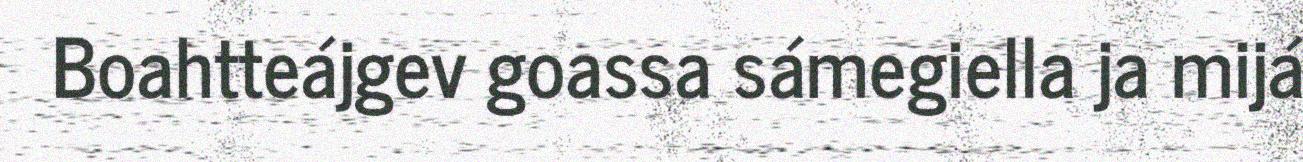
Boahtteájgev goassa sámegiella ja mijá